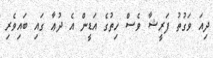
ދިއަ ވަގުތު ފަރީޝާ ވެސް ހިތުގެ އަޑީން އެ ދުޢާ ގައި ބައިވެރި